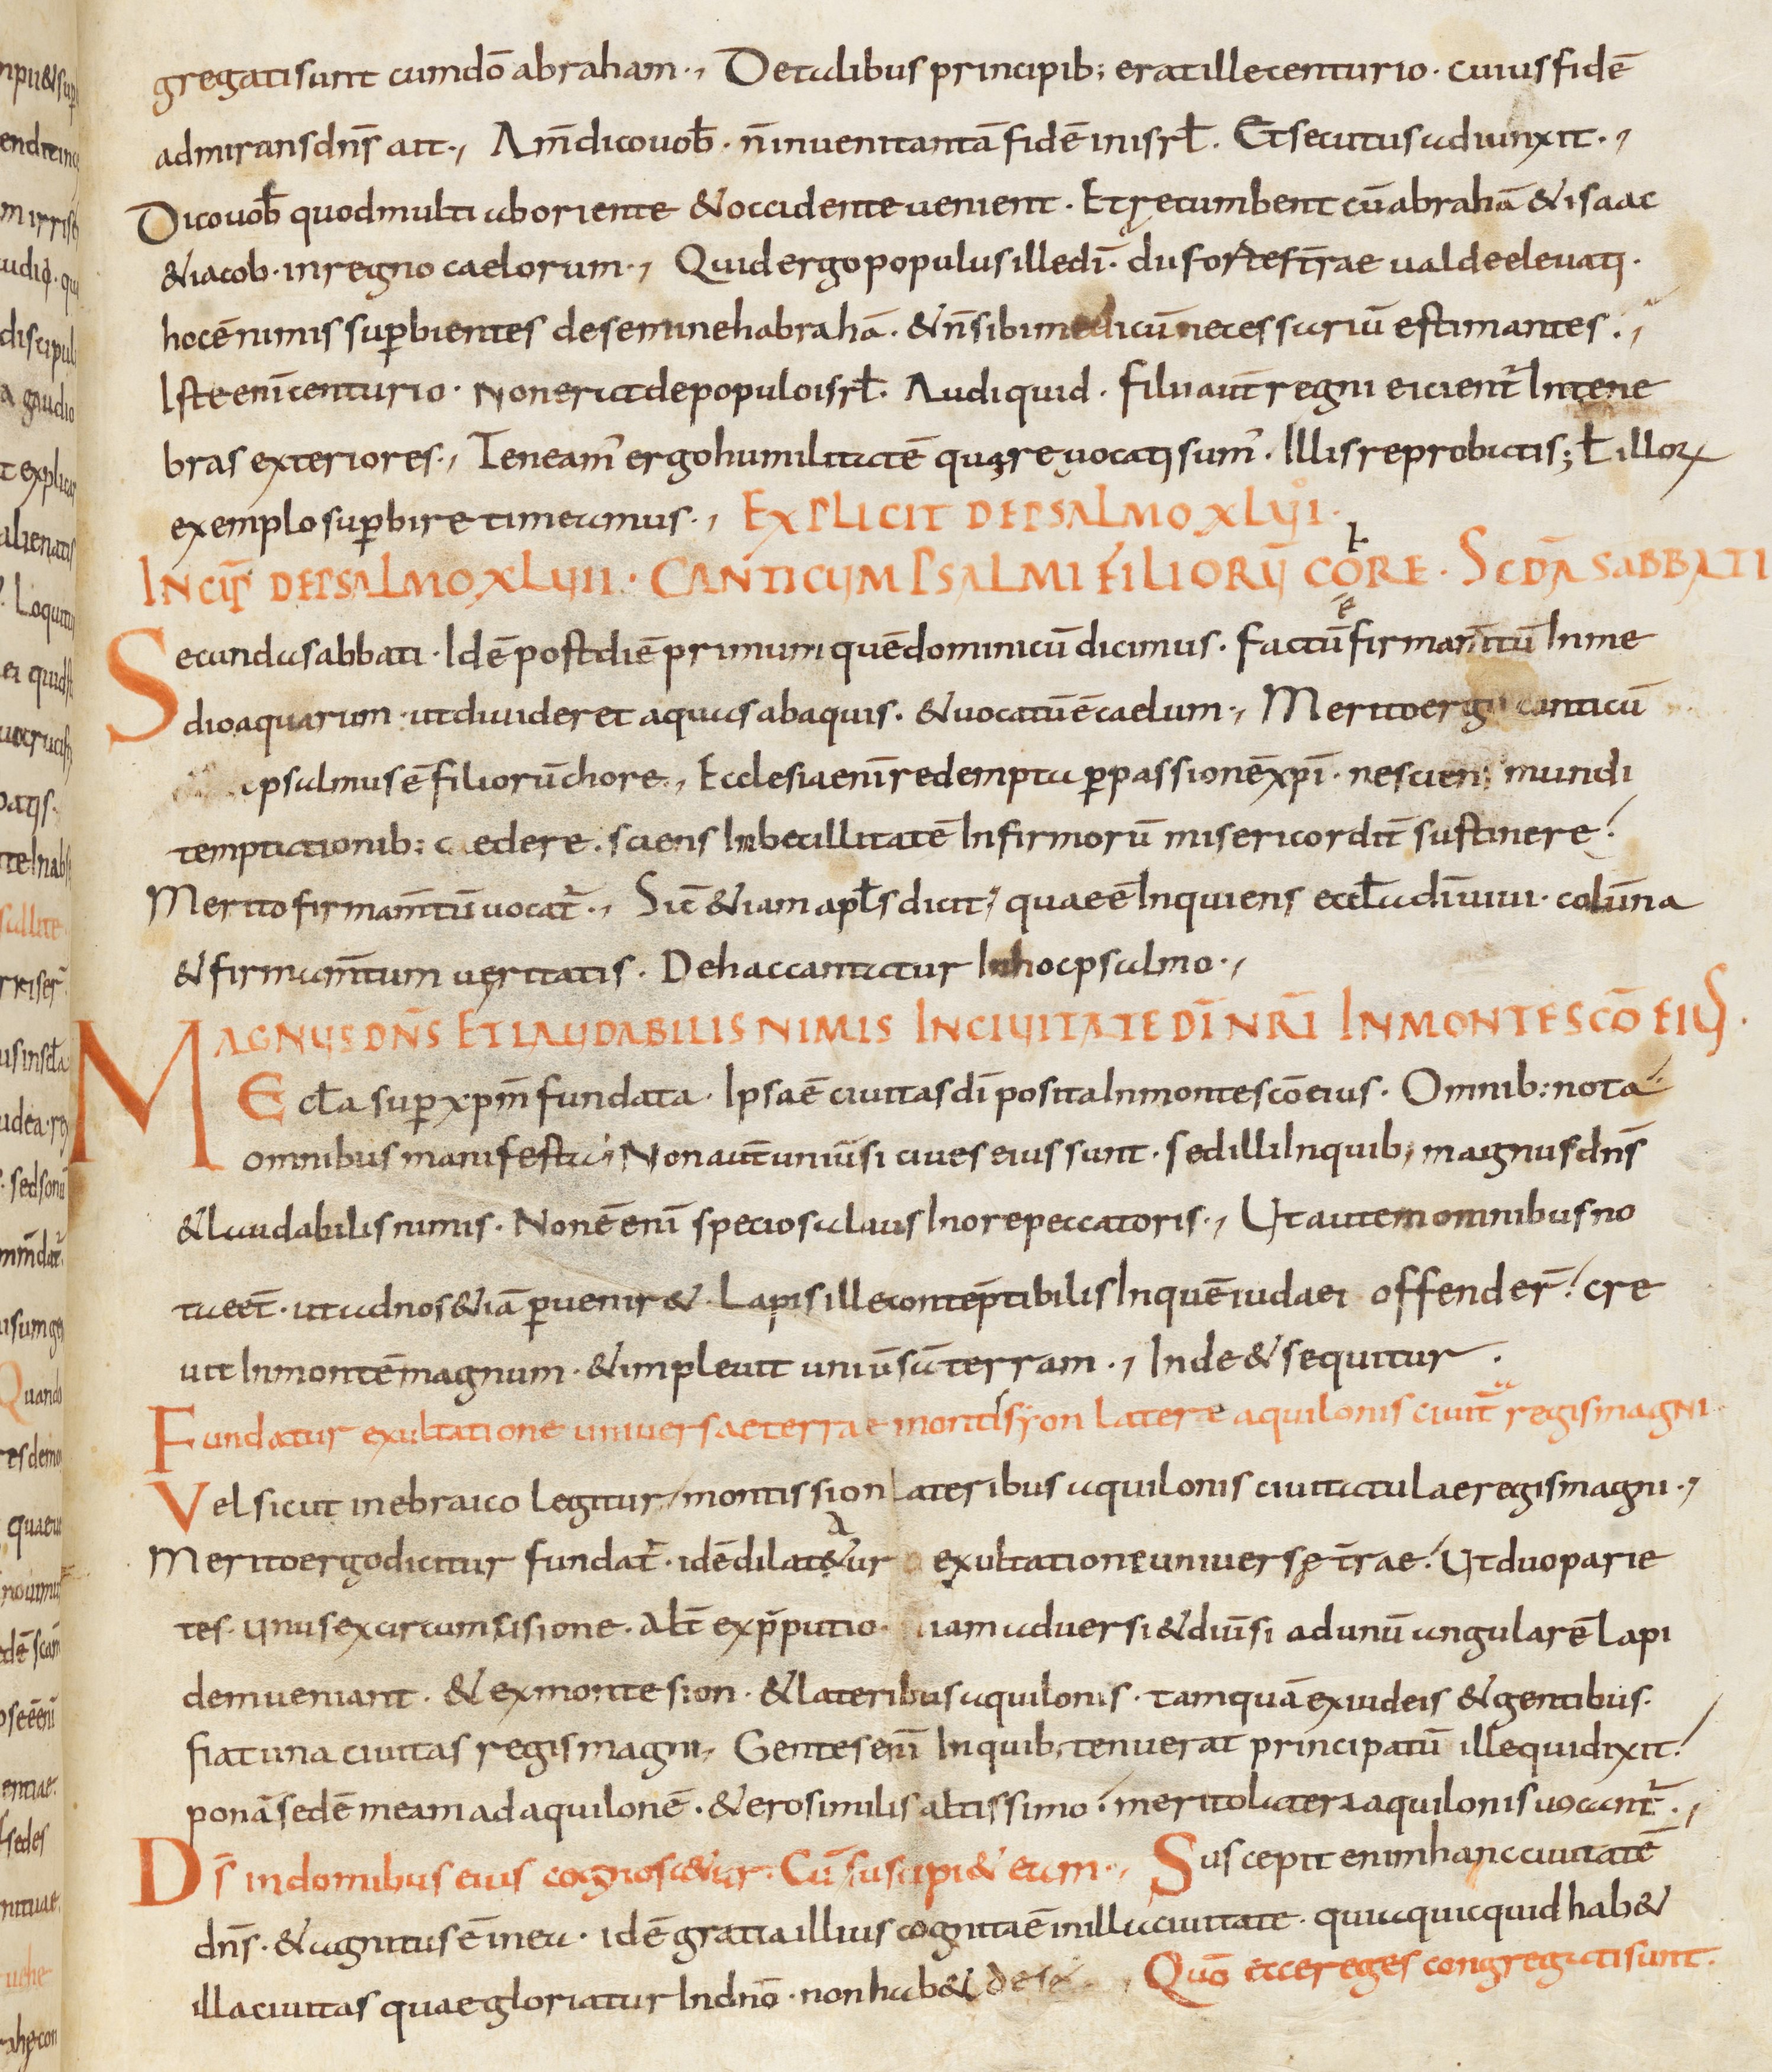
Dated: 800–899